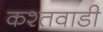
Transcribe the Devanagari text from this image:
कश्तवाडी